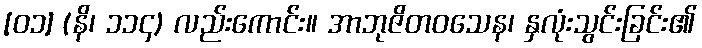
[၀၁] (နိ၊ ၁၁၄) လည်းကောင်း။ အာဘုဇိတဝသေန၊ နှလုံးသွင်းခြင်း၏